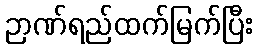
ဉာဏ်ရည်ထက်မြက်ပြီး